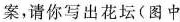
案，请你写出花坛(图中